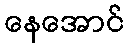
နေအောင်